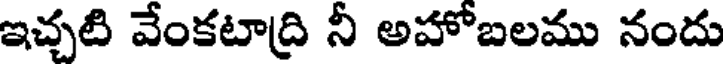
ఇచ్చటి వేంకటాద్రి నీ అహోబలము నందు